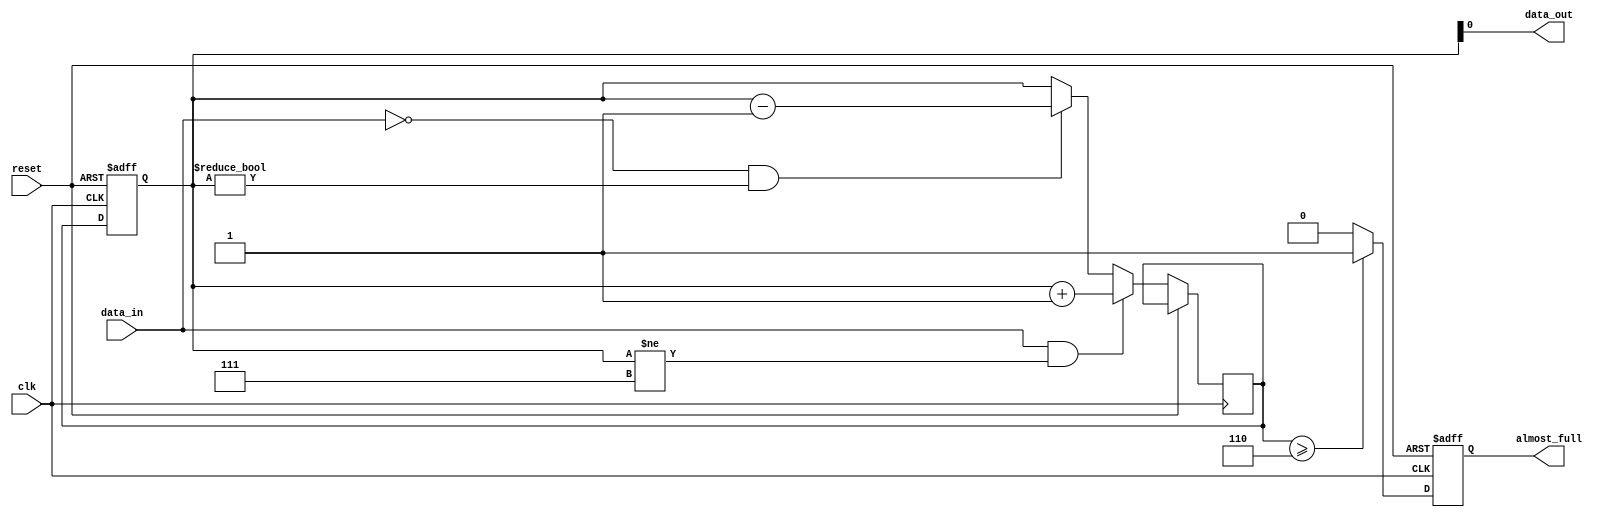
module almost_full_fifo (
    input wire clk,
    input wire reset,
    input wire data_in,
    output reg data_out,
    output reg almost_full
);

parameter FIFO_DEPTH = 8;
parameter ALMOST_FULL_THRESHOLD = 6;

reg [FIFO_DEPTH-1:0] fifo_buffer;
reg [FIFO_DEPTH-1:0] next_fifo_buffer;

always @(posedge clk or posedge reset) begin
    if (reset) begin
        fifo_buffer <= 0;
        almost_full <= 0;
    end else begin
        if (data_in && (fifo_buffer != (FIFO_DEPTH-1))) begin
            next_fifo_buffer <= fifo_buffer + 1;
        end else if (~data_in && (fifo_buffer != 0)) begin
            next_fifo_buffer <= fifo_buffer - 1;
        end else begin
            next_fifo_buffer <= fifo_buffer;
        end
        
        if (next_fifo_buffer >= ALMOST_FULL_THRESHOLD) begin
            almost_full <= 1;
        end else begin
            almost_full <= 0;
        end
        
        fifo_buffer <= next_fifo_buffer;
    end
end

assign data_out = fifo_buffer[0];

endmodule